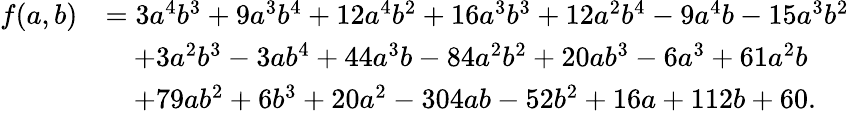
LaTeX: \begin{array}{rl}{f(a,b)}&{=3a^{4}b^{3}+9a^{3}b^{4}+12a^{4}b^{2}+16a^{3}b^{3}+12a^{2}b^{4}-9a^{4}b-15a^{3}b^{2}}\\ &{\quad+3a^{2}b^{3}-3ab^{4}+44a^{3}b-84a^{2}b^{2}+20ab^{3}-6a^{3}+61a^{2}b}\\ &{\quad+79ab^{2}+6b^{3}+20a^{2}-304ab-52b^{2}+16a+112b+60.}\end{array}